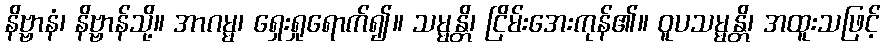
နိဗ္ဗာနံ၊ နိဗ္ဗာန်သို့။ အာဂမ္မ၊ ရှေးရှုရောက်၍။ သမ္မန္တိ၊ ငြိမ်းအေးကုန်၏။ ဝူပသမ္မန္တိ၊ အထူးသဖြင့်